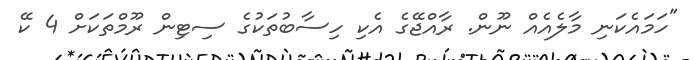
"ހަމައެކަނި މާލެއެއް ނޫން. ރާއްޖޭގެ އެކި ހިސާބުތަކުގެ ސިޓިން ރޫމްތަކަށް 4 ކޭ